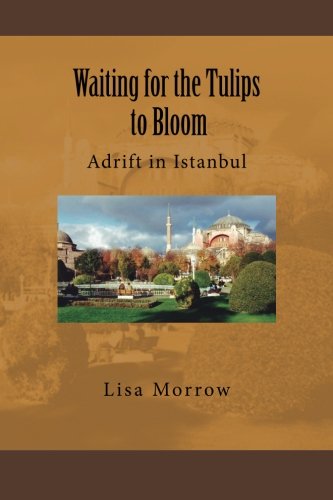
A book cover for Waiting for the Tulips to Bloom: Adrift in Istanbul; Lisa Morrow; Travel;